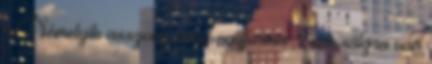
" Némelyik asszony mind egyforma , csak súlyra van